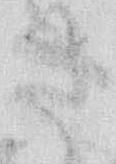
さ